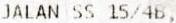
JALAN SS 15/4B,